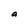
Character: a